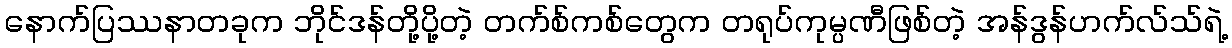
နောက်ပြဿနာတခုက ဘိုင်ဒန်တို့ပို့တဲ့ တက်စ်ကစ်တွေက တရုပ်ကုမ္ပဏီဖြစ်တဲ့ အန်ဒွန်ဟက်လ်သ်ရဲ့